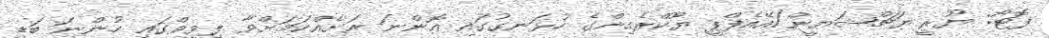
ފޮޓޯ: ޔޫރީ ޔަޗްޝަޔީން/އޭއެފްޕީ ޔޫކްރެއިންގެ ހުޅަނގުގައި އޮންނަ ރަށެއްކަމަށްވާ ލިވީވްގައި ހުންނަ ބަޑި